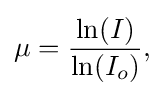
{\begin{aligned}\mu ={\frac {\ln(I)}{\ln(I_{o})}},\end{aligned}}